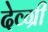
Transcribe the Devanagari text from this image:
देव्ग्री